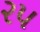
૨૫